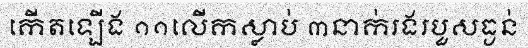
កើតឡើង ១១លើកស្លាប់ ៣នាក់រងរបួសធ្ងន់